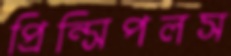
প্রিন্সিপলস